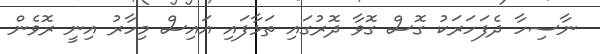
ނާސިހާ ދެފަހަރަކު ގޮސް ގޮވާ ދޮރުގައި ތަޅާފައި އައިސް މިހާރު އިނީ ރޮވެން